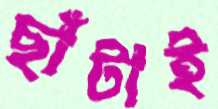
ছাঁটাই